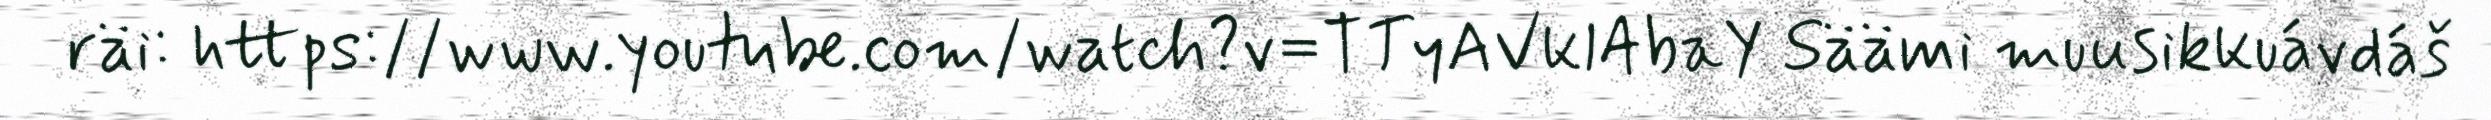
räi: https://www.youtube.com/watch?v=TTyAVklAbaY Säämi muusikkuávdáš